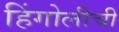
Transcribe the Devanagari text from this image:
हिंगोलीची